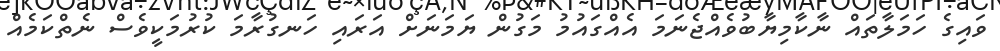
ވައިގެ ހަމަލާތައް ނާކާމިޔާބުވެއްޖެނަމަ އެއްގައުމު މަގުން ޔަމަނަށް އަރައި ހަނގުރާމަ ކުރުމަކީވެސް ނެތްކަމެއް